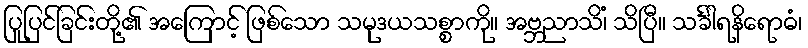
ပြုပြင်ခြင်းတို့၏ အကြောင့် ဖြစ်သော သမုဒယသစ္စာကို။ အဗ္ဘညာသိံ၊ သိပြီ။ သင်္ခါရနိရောဓံ၊